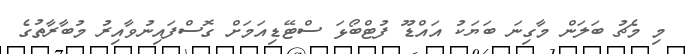
މި މެޗު ބަލަން މާގިނަ ބަޔަކު އައްޑޫ ފުޓްބޯޅަ ސްޓޭޑިއަމަށް ގޮސްފައިނުވާއިރު މުބާރާތުގެ